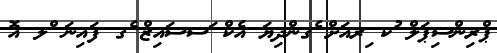
ޕްރިންސިޕަލް ުކ ިރއަށް ެގންދިޔަ އެކް ަސސައިޒް ެގ ފައިނަ ްލ އޮ